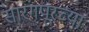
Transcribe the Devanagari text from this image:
सारंगपूरच्या